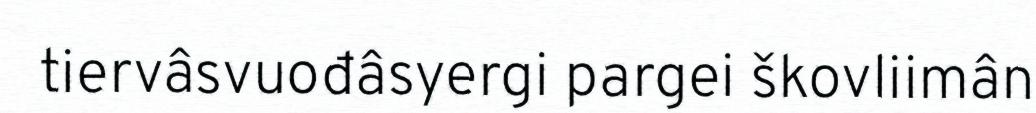
tiervâsvuođâsyergi pargei škovliimân